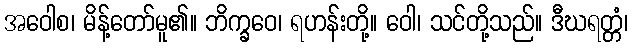
အဝေါစ၊ မိန့်တော်မူ၏။ ဘိက္ခဝေ၊ ရဟန်းတို့။ ဝေါ၊ သင်တို့သည်။ ဒီဃရတ္တံ၊